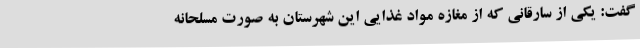
گفت: یکی از سارقانی که از مغازه مواد غذایی این شهرستان به صورت مسلحانه